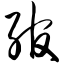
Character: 绾